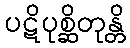
ပဋိပုစ္ဆိတုန္တိ